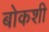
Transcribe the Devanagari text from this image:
बोकशी